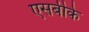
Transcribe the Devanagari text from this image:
एसबीके